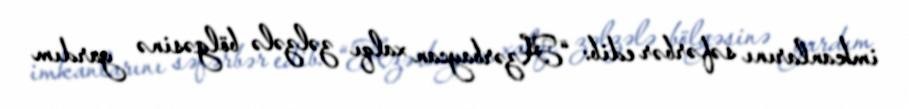
imkanlarını səfərbər edib: “Azərbaycan xalqı zəlzələ bölgəsinə yardım